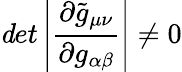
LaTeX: {\mathit det}\left|\frac{\partial\tilde{g}_{\mu\nu}}{\partial g_{\alpha\beta}}\right|\neq 0